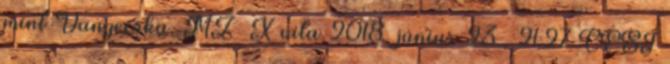
mint Vanyecska. MZ X vita 2018. június 23., 21:27 CEST